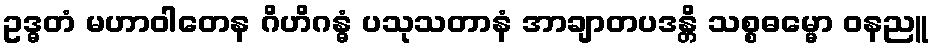
ဥဒ္ဓတံ မဟာဝါတေန ဂိဟိဂန္ဓံ ပသုသတာနံ အာချာတပဒန္တိ သစ္စဓမ္မော ဝနညူ